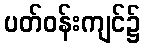
ပတ်ဝန်းကျင်၌